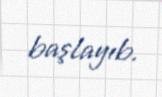
başlayıb.